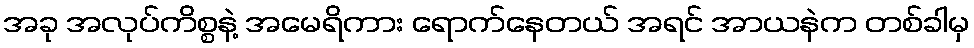
အခု အလုပ်ကိစ္စနဲ့ အမေရိကား ရောက်နေတယ် အရင် အာယနဲက တစ်ခါမှ